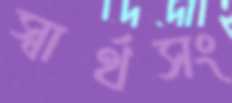
স্বার্থসং